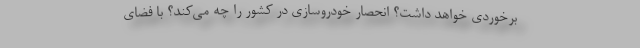
برخوردی خواهد داشت؟ انحصار خودروسازی در کشور را چه می‌کند؟ با فضای